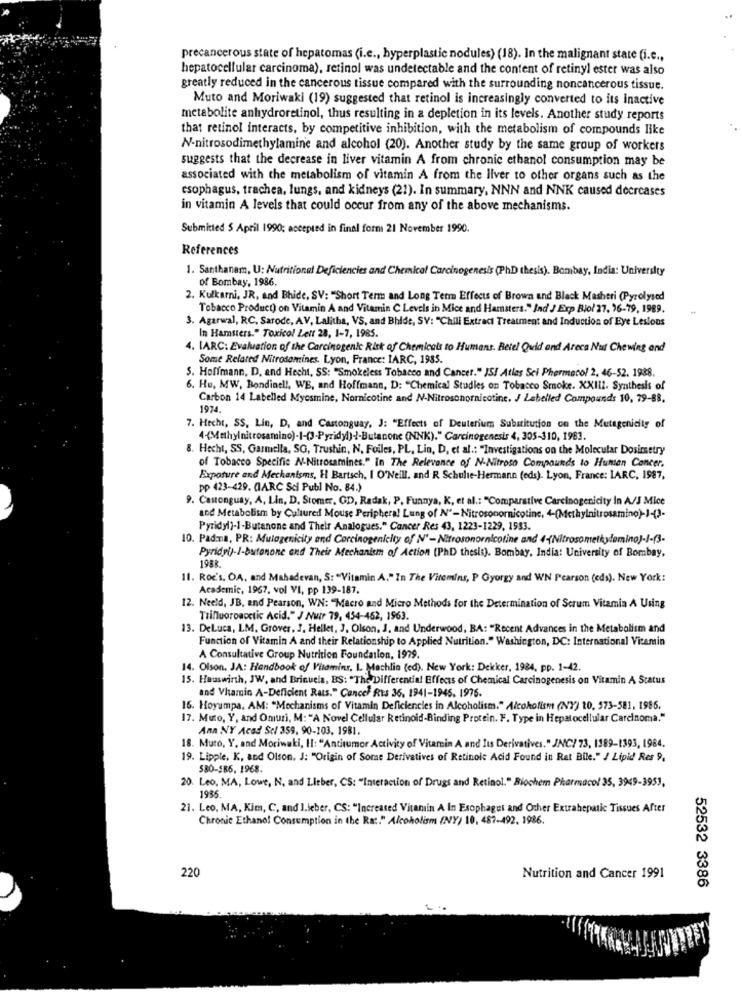
precancerous state of hepatomas (i.c ., hyperplastic nodules) (18). In the malignant state (i.e .,
hepatocellular carcinoma), retinol was undetectable and the content of retinyl ester was also
greatly reduced in the cancerous tissue compared with the surrounding noncancerous tissue.
Muto and Moriwaki (19) suggested that retinol is increasingly converted to its inactive
metabolite anhydroretinol, thus resulting in a depletion in its levels. Another study reports
that retinol interacts, by competitive inhibition, with the metabolism of compounds like
N-nitrosodimethylamine and alcohol (20). Another study by the same group of workers
suggests that the decrease in liver vitamin A from chronic ethanol consumption may be
associated with the metabolism of vitamin A from the liver to other organs such as the
esophagus, trachea, lungs, and kidneys (21). In summary, NNN and NNK caused decreases
in vitamin A levels that could occur from any of the above mechanisms.
Submitted $ April 1990; accepted in final form 21 November 1990.
References
1. Santhanam, U: Nutritional Deficiencies and Chemical Carcinogenesis (PhD thesis). Bombay, India: University
of Bombay, 1986.
2. Kulkarni, JR, and Bhide, SV: "Short Term and Long Term Effects of Brown and Black Masheri (Pyrolysed
Tobacco Product) on Vitamin A and Vitamin C Levels in Mice and Hamsters." Ind J Exp Biol 27, 16-79, 1989.
3. Agarwal, RC, Sarode, AV, Lalitha, VS, and Bhide, SV: "Chili Extract Treatment and Induction of Eye Lesions
In Hamsters." Toxico! Lett 28, 1-7, 1985.
4. LARC: Evaluation of the Carcinogenic Risk of Chemicals to Humans. Betel Quid and Areca Nut Chewing and
Some Related Nitrosamines. Lyon, France: IARC, 1985.
S. Hoffmann, D, end Hecht, SS: "Smokeless Tobacco and Cancer." IS! Atlas Sei Pharmacol 2, 46-52. 1988.
6. Hu, MW, Bondinel !, WE, and Hoffmann, D: "Chemical Studies on Tobacco Smoke. XXIII. Synthesis of
Carbon 14 Labelled Mycsmine, Nornicotine and N-Nitrosonornicotine. J Labelled Compounds 10, 79-88,
1974.
7. Hecht, SS, Lin, D, and Castonguay, J: "Effects of Deuterium Substitution on the Mutagenicity of
4(Methylnitrosamino)-1-(3-Pyridyl)-/-Butanone (NNK)." Carcinogenesis 4, 305-310, 1983.
8. Hecht, SS, Garmella, SO, Trushin, N, Foiles, PL, Lin, D, et al .: "Investigations on the Molecular Dosimetry
of Tobacco Specific N-Nitrosamines." In The Relevance of N-Nitroso Compounds to Human Concer.
Exposure and Mechanisms, H Bartsch, I O'Neill. and R Schulte-Hermann (eds). Lyon, France: LARC, 1987,
pp 423-429. (IARC Sci Publ No. 84.)
9. Cantonguay, A, Lin, D. Stomer, GD, Radak, P, Funnya, K, et al .: "Comparative Carcinogenicity In A/J Mice
and Metabolism by Cultured Mouse Peripheral Lung of N'-Nitrosonornicotine, 4-(Methylnitrosamino)-1(2-
Pyridyl)-1-Butanone and Their Analogues." Cancer Res 43, 1223-1229, 1983.
10. Padma, PR: Mutagenicity and Corcinogenicity of N' -Nitrosonornicotine and 4-(Nitrosometkydemino)-]-(3-
Pyridyl)-/-butonone and Their Mechanism of Action (PhD thesis). Bombay, India: University of Bombay,
1988.
11. Roc's, OA, and Mahadevan, S: "Vitamin A." In The Vitemins, P Gyorgy and WN Pearson (eds). New York:
Academic, 1967, vol VI, pp 139-187.
12. Neeld, JB, and Pearson, WN: "Macro and Micro Methods for the Determination of Scrum Vitamia A Using
Trinuoroacetic Acid." J Nutr 79, 454-462, 1963.
13. Deluca, LM, Grover, J. Hellet, J. Olson. J. and Underwood, BA: "Recent Advances in the Metabolism and
Function of Vitamin A and their Relationship to Applied Nutrition." Washington, DC: International Vitamin
A Consultative Group Nutrition Foundation, 1979.
14. Olson. JA: Handbook of Vitamins, I. Machlin (ed). New York: Dekker, 1984, pp. 1-42.
15. Hauswirth, JW, and Brinucla, BS: "The Differential Effects of Chemical Carcinogenesis on Vitamin A Status
and Vhamin A-Deficient Rats." Cancel Ris 36, 1941-1945. 1976.
16. Hoyumpa, AM: "Mechanisms of Vitamin Deficiencies in Alcoholism." Alcoholism (NY) 10, 573-581, 1985.
17. Muto, Y, and Omuri, M:"A Novel Cellular Retinoid-Binding Protein. F. Type in Hepatocellular Carcinoma."
Ann NY Acad Sci 359, 90-103. 1981.
18. Muto, Y, and Moriwaki, Il: "Antitumor Activity of Vitamin A and Its Derivatives." JNC/ 73, 1189-1393, 1984.
19. Lipple, K, and Olson, J: "Origin of Some Derivatives of Retinoic Acid Found in Ret Bile." / Lipid Res 9,
530-586, 1968
20. Leo, MA, Lowe, N, and Lieber, CS: "Interaction of Drugs and Retinol." Biochem Pharmacol 35, 3949-3953.
1985
21. Leo, MA, Kim, C, and ].jeber, CS: "Increased Vitamin A In Esophagus and Other Extrahepatic Tissues After
Chronic Ethano! Consumption in the Rs :. " Alcoholism (NY) 10, 487-492, 1986.
220
Nutrition and Cancer 1991
52532 3386